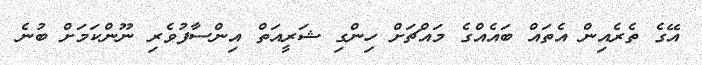
އޭގެ ތެރެއިން އެތައް ބައެއްގެ މައްޗަށް ހިންގި ޝަރީއަތް އިންސާފުވެރި ނޫންކަމަށް ބުނެ